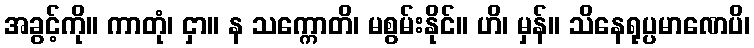
အခွင့်ကို။ ကာတုံ၊ ငှာ။ န သက္ကောတိ၊ မစွမ်းနိုင်။ ဟိ၊ မှန်။ သိနေရုပ္ပမာဏေပိ၊